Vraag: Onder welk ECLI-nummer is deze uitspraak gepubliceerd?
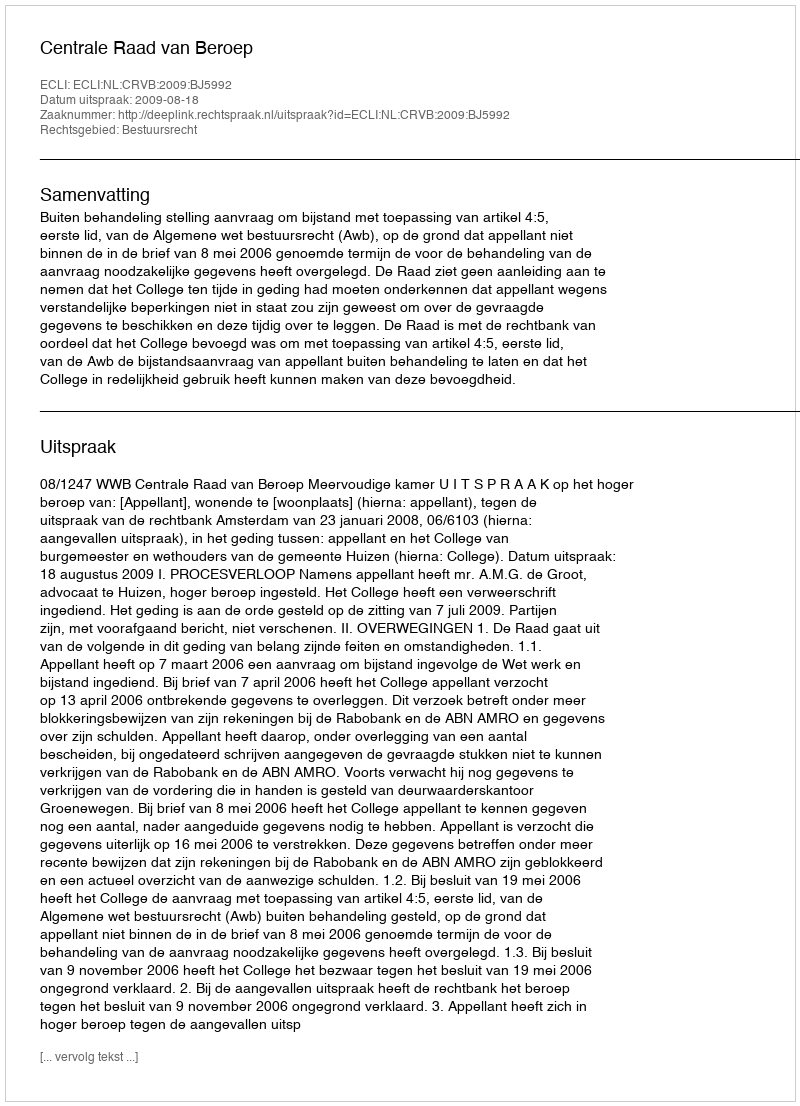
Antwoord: ECLI:NL:CRVB:2009:BJ5992